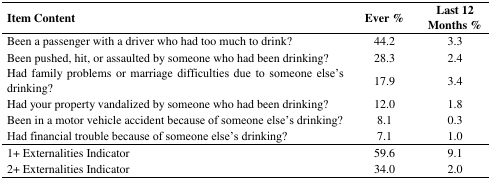
| Item Content | Ever % | Last 12 Months % |
 | --- | --- | --- |
 | Been a passenger with a driver who had too much to drink? | 44.2 | 3.3 |
 | Been pushed, hit, or assaulted by someone who had been drinking? | 28.3 | 2.4 |
 | Had family problems or marriage difficulties due to someone else’s drinking? | 17.9 | 3.4 |
 | Had your property vandalized by someone who had been drinking? | 12.0 | 1.8 |
 | Been in a motor vehicle accident because of someone else’s drinking? | 8.1 | 0.3 |
 | Had financial trouble because of someone else’s drinking? | 7.1 | 1.0 |
 | 1+ Externalities Indicator | 59.6 | 9.1 |
 | 2+ Externalities Indicator | 34.0 | 2.0 |